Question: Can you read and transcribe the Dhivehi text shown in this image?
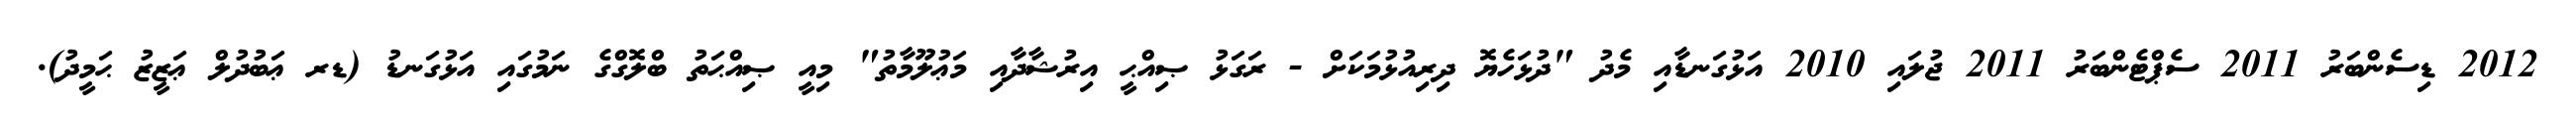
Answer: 2012 ޑިސެންބަރު 2011 ސެޕްޓެންބަރު 2011 ޖުލައި 2010 އަޅުގަނޑާއި މެދު "ދުޅަހެޔޮ ދިރިއުޅުމަކަށް - ރަގަޅު ޞިއްޙީ އިރުޝާދާއި މަޢުލޫމާތު" މިއީ ޞިއްޙަތު ބްލޮގްގެ ނަމުގައި އަޅުގަނޑު (ޑރ ޢަބުދުލް ޢަޒީޒު ޙަމީދު).